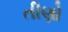
તીણો